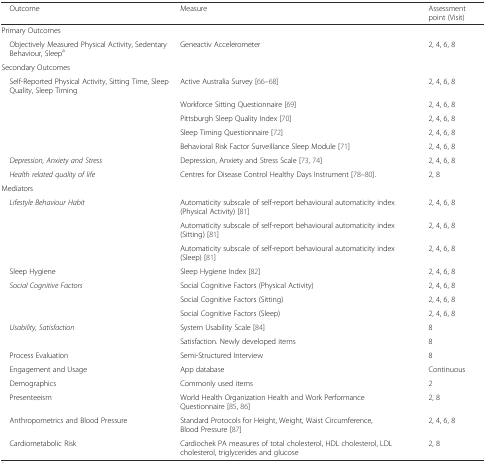
| Outcome | Measure | Assessment point (Visit) |
 | --- | --- | --- |
 | Primary Outcomes |  |  |
 | Objectively Measured Physical Activity, Sedentary Behaviour, Sleepa | Geneactiv Accelerometer | 2, 4, 6, 8 |
 | Secondary Outcomes |  |  |
 | Self-Reported Physical Activity, Sitting Time, Sleep Quality, Sleep Timing | Active Australia Survey [66–68] | 2, 4, 6, 8 |
 |  | Workforce Sitting Questionnaire [69] | 2, 4, 6, 8 |
 |  | Pittsburgh Sleep Quality Index [70] | 2, 4, 6, 8 |
 |  | Sleep Timing Questionnaire [72] | 2, 4, 6, 8 |
 |  | Behavioral Risk Factor Surveillance Sleep Module [71] | 2, 4, 6, 8 |
 | Depression, Anxiety and Stress | Depression, Anxiety and Stress Scale [73, 74] | 2, 4, 6, 8 |
 | Health related quality of life | Centres for Disease Control Healthy Days Instrument [78–80]. | 2, 8 |
 | Mediators |  |  |
 | Lifestyle Behaviour Habit | Automaticity subscale of self-report behavioural automaticity index (Physical Activity) [81] | 2, 4, 6, 8 |
 |  | Automaticity subscale of self-report behavioural automaticity index (Sitting) [81] | 2, 4, 6, 8 |
 |  | Automaticity subscale of self-report behavioural automaticity index (Sleep) [81] | 2, 4, 6, 8 |
 | Sleep Hygiene | Sleep Hygiene Index [82] | 2, 4, 6, 8 |
 | Social Cognitive Factors | Social Cognitive Factors (Physical Activity) | 2, 4, 6, 8 |
 |  | Social Cognitive Factors (Sitting) | 2, 4, 6, 8 |
 |  | Social Cognitive Factors (Sleep) | 2, 4, 6, 8 |
 | Usability, Satisfaction | System Usability Scale [84] | 8 |
 |  | Satisfaction. Newly developed items | 8 |
 | Process Evaluation | Semi-Structured Interview | 8 |
 | Engagement and Usage | App database | Continuous |
 | Demographics | Commonly used items | 2 |
 | Presenteeism | World Health Organization Health and Work Performance Questionnaire [85, 86] | 2, 8 |
 | Anthropometrics and Blood Pressure | Standard Protocols for Height, Weight, Waist Circumference, Blood Pressure [87] | 2, 4, 6, 8 |
 | Cardiometabolic Risk | Cardiochek PA measures of total cholesterol, HDL cholesterol, LDL cholesterol, triglycerides and glucose | 2, 8 |